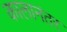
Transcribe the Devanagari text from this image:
कालानंतर